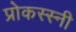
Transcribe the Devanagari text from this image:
प्रोकस्स्नी